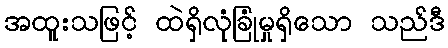
အထူးသဖြင့် ထဲရှိလုံခြုံမှုရှိသော သည်ဒီ